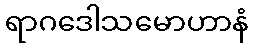
ရာဂဒေါသမောဟာနံ